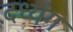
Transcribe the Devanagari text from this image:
दध्यंग